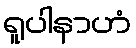
ရူပါနာဟံ